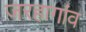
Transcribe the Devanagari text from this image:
जरहागांव